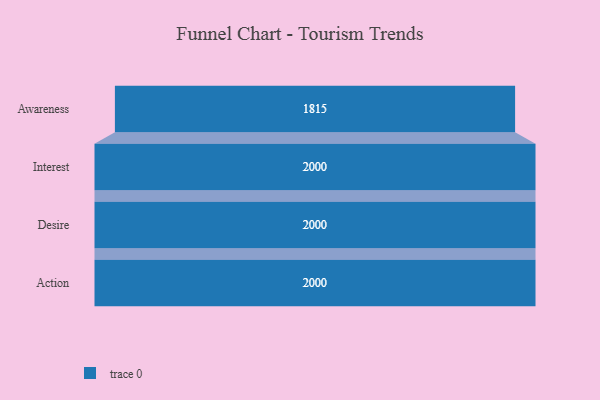
{"axis": {"x": "Stage", "y": "Value"}, "legend": [""], "data": [{"x": "Awareness", "y": 1815.0, "type": ""}, {"x": "Interest", "y": 2000, "type": ""}, {"x": "Desire", "y": 2000, "type": ""}, {"x": "Action", "y": 2000, "type": ""}]}